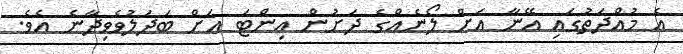
އެ މުއްދަތުގައި އޭނާ އަށް ލޯނެއްގެ ދަށުން އިންޓަ އަށް ބަދަލުވެވިދާނެ އެވެ.